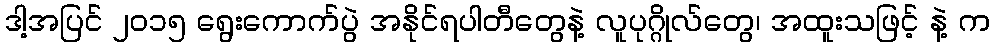
ဒါ့အပြင် ၂၀၁၅ ရွေးကောက်ပွဲ အနိုင်ရပါတီတွေနဲ့ လူပုဂ္ဂိုလ်တွေ၊ အထူးသဖြင့် နဲ့ က